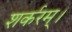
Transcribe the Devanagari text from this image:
शर्करम्।